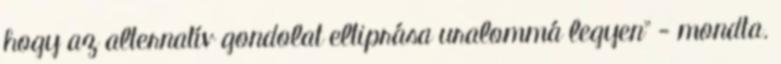
hogy az alternatív gondolat eltiprása uralommá legyen" - mondta.